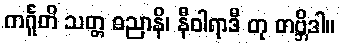
ကင်္ဂူတိ သတ္တ ဓညာနိ၊ နီဝါရာဒီ တု တဗ္ဘိဒါ။